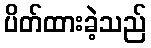
ပိတ်ထားခဲ့သည်